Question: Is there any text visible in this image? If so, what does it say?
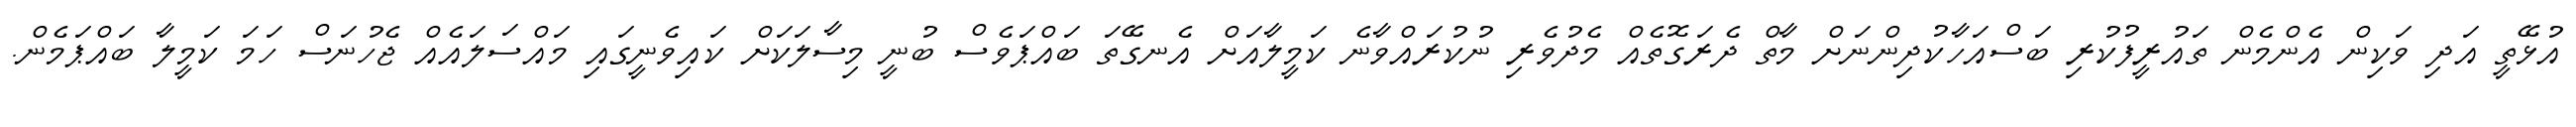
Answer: އުޅޭތީ އަދި ވަކިން އެންމެން ތައުރީފުކުރި ބަސްއަހާކުދިންނަށް މާތް ދެރަގޮތެއް މެދުވެރި ނުކުރައްވާނެ ކަމީލާއަށް އެނގޭތަ ބައްޕަވެސް ބުނީ މިސާލަކަށް ކައިވެނީގައި މައްސަލައެއް ޖެހުނަސް ހަމަ ކަމީލާ ބައްޕަމެން.